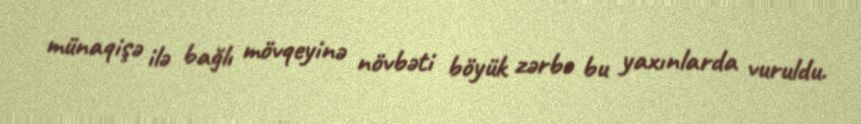
münaqişə ilə bağlı mövqeyinə növbəti böyük zərbə bu yaxınlarda vuruldu.